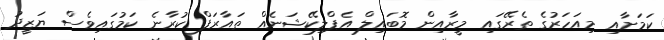
ކަމަށާއި މިއަހަރުގެ ތެރޭގައި މީރާއިން މޮބައިލް އެޕްލިކޭޝަނެއް ތައާރަފް ކުރާނެ ކަމުގައިވެސް ޔަޒީދު